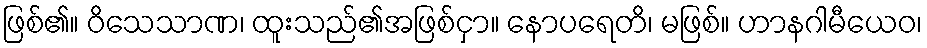
ဖြစ်၏။ ဝိသေသာဏ၊ ထူးသည်၏အဖြစ်ငှာ။ နောပရေတိ၊ မဖြစ်။ ဟာနဂါမီယေဝ၊